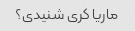
ماریا کری شنیدی؟